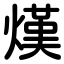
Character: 熯